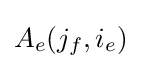
A_{e}(j_{f},i_{e})